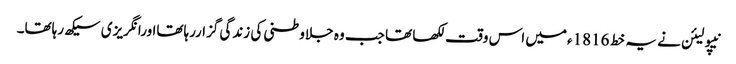
نیپولیئن نے یہ خط 1816ءمیں اس وقت لکھا تھا جب وہ جلاوطنی کی زندگی گزاررہاتھااورانگریزی سیکھ رہاتھا۔